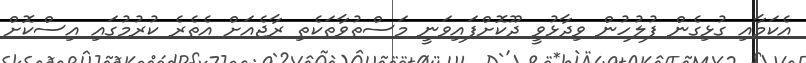
އެކަމާއި ގުޅިގެން ފުލުހުން ވިދާޅުވީ ދޫކޮށްފައިވަނީ މަސްތުވާތަކެތި ރާޖެއަށް އެތެރެ ކުރުމުގައި އިސްކޮށް